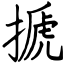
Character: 搋